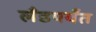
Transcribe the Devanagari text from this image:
लँडपर्यंत